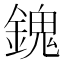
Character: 𨪈